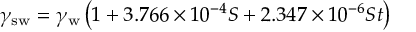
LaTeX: \gamma _ { \mathrm { s w } } = \gamma _ { \mathrm { w } } \left( 1 + 3 . 7 6 6 \times 1 0 ^ { - 4 } S + 2 . 3 4 7 \times 1 0 ^ { - 6 } S t \right)